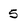
Character: 5